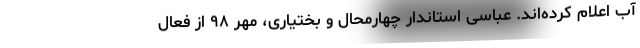
آب اعلام کرده‌اند. عباسی استاندار چهارمحال و بختیاری، مهر ۹۸ از فعال